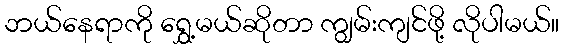
ဘယ်နေရာကို ရွှေ့မယ်ဆိုတာ ကျွမ်းကျင်ဖို့ လိုပါမယ်။